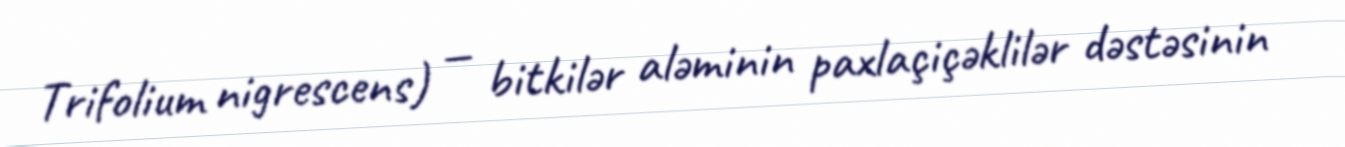
Trifolium nigrescens) — bitkilər aləminin paxlaçiçəklilər dəstəsinin